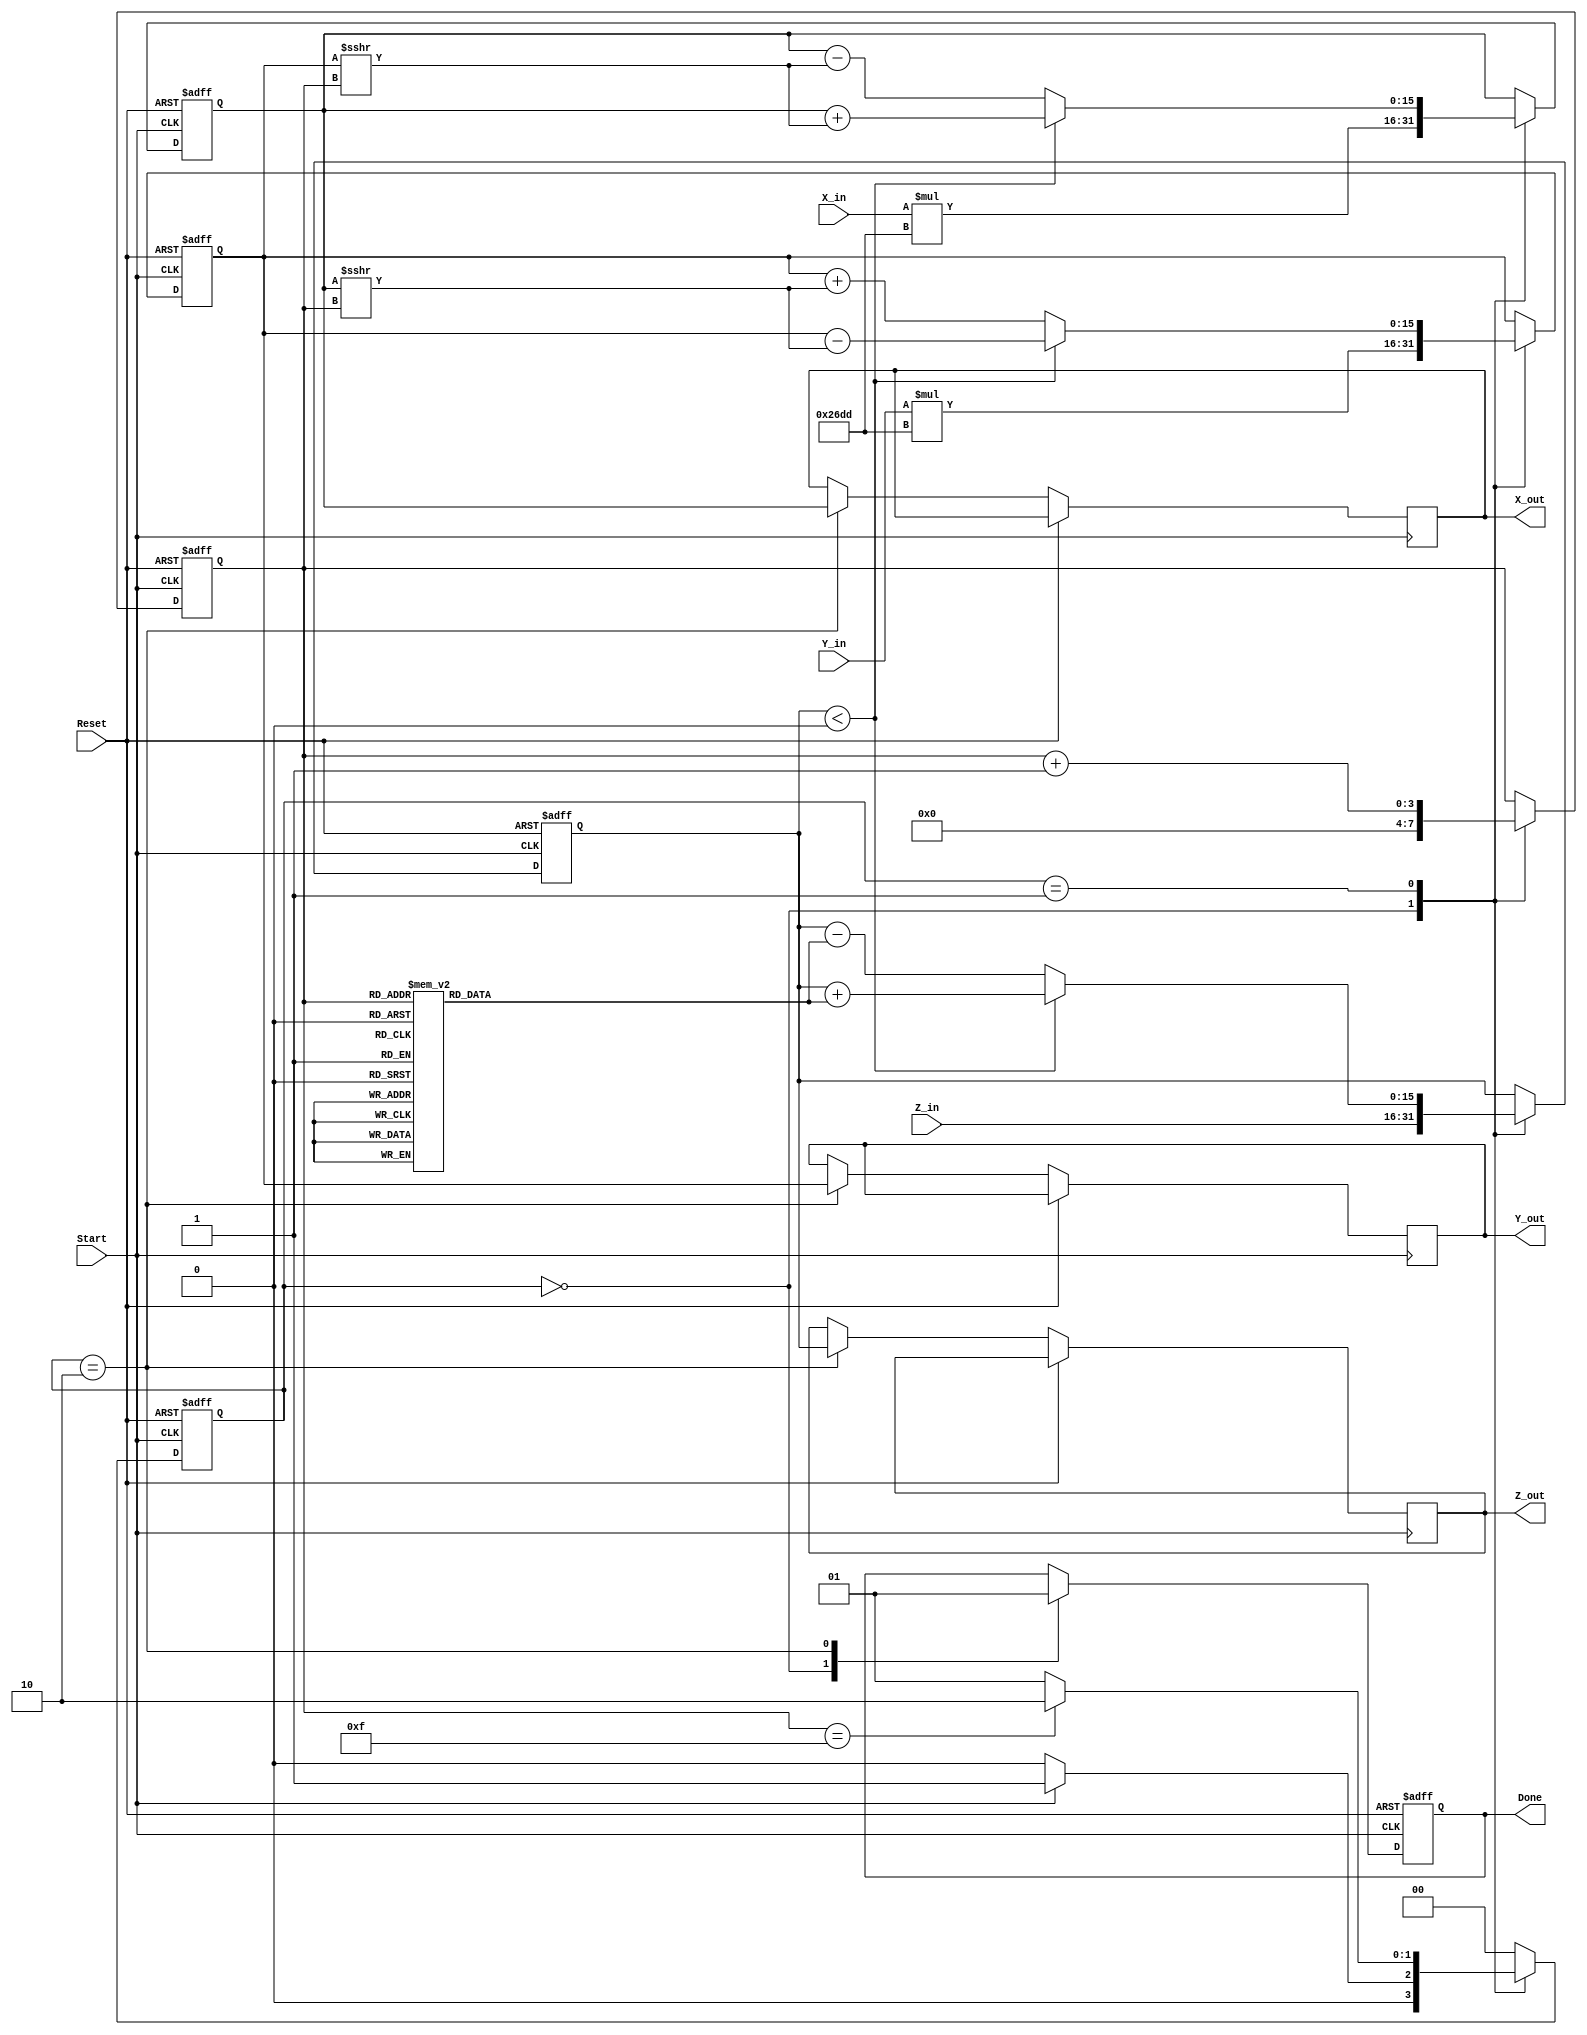
module cordic_2d (
    input wire signed [15:0] X_in,      // Input x-coordinate
    input wire signed [15:0] Y_in,      // Input y-coordinate
    input wire signed [15:0] Z_in,      // Input angle
    input wire Start,                   // Start signal
    input wire Reset,                   // Asynchronous reset
    output reg signed [15:0] X_out,     // Output x-coordinate
    output reg signed [15:0] Y_out,     // Output y-coordinate
    output reg signed [15:0] Z_out,     // Remaining angle
    output reg Done                     // Completion signal
);

    // Internal registers
    reg signed [15:0] X_reg;
    reg signed [15:0] Y_reg;
    reg signed [15:0] Z_reg;
    reg [3:0] Iteration_count;           // Counter for iterations
    reg [1:0] state;                     // FSM state
    reg [1:0] next_state;                // Next state for FSM

    // CORDIC gain factor (scaling factor)
    parameter signed [15:0] K = 16'h26DD; // Approximation of 0.607252935

    // FSM states
    localparam IDLE = 2'b00;
    localparam COMPUTE = 2'b01;
    localparam DONE_STATE = 2'b10;

    // Lookup table for arctangent values (atan(2^-i))
    reg signed [15:0] atan_table [0:15];
    initial begin
        atan_table[0] = 16'h2000; // atan(1) = 45 degrees in fixed-point
        atan_table[1] = 16'h1000; // atan(0.5) = 26.565 degrees
        atan_table[2] = 16'h0800; // atan(0.25) = 14.036 degrees
        atan_table[3] = 16'h0400; // atan(0.125) = 7.125 degrees
        // Continue filling the table as needed...
        // ...
        atan_table[14] = 16'h0001; // atan(2^-14)
        atan_table[15] = 16'h0000; // atan(2^-15)
    end

    // FSM for control logic
    always @(posedge Start or posedge Reset) begin
        if (Reset) begin
            state <= IDLE;
        end else begin
            state <= next_state;
        end
    end

    // State transition logic
    always @(*) begin
        case (state)
            IDLE: begin
                if (Start) begin
                    next_state = COMPUTE;
                end else begin
                    next_state = IDLE;
                end
            end
            COMPUTE: begin
                if (Iteration_count == 15) begin
                    next_state = DONE_STATE;
                end else begin
                    next_state = COMPUTE;
                end
            end
            DONE_STATE: begin
                next_state = IDLE; // Go back to IDLE after done
            end
            default: next_state = IDLE;
        endcase
    end

    // CORDIC computation logic
    always @(posedge Start or posedge Reset) begin
        if (Reset) begin
            X_reg <= 0;
            Y_reg <= 0;
            Z_reg <= 0;
            Iteration_count <= 0;
            Done <= 0;
        end else begin
            case (state)
                IDLE: begin
                    X_reg <= X_in * K; // Scale input x
                    Y_reg <= Y_in * K; // Scale input y
                    Z_reg <= Z_in;     // Load input angle
                    Iteration_count <= 0;
                    Done <= 0;
                end
                COMPUTE: begin
                    if (Z_reg < 0) begin
                        // Counter-clockwise rotation
                        X_reg <= X_reg + (Y_reg >>> Iteration_count);
                        Y_reg <= Y_reg - (X_reg >>> Iteration_count);
                        Z_reg <= Z_reg + atan_table[Iteration_count];
                    end else begin
                        // Clockwise rotation
                        X_reg <= X_reg - (Y_reg >>> Iteration_count);
                        Y_reg <= Y_reg + (X_reg >>> Iteration_count);
                        Z_reg <= Z_reg - atan_table[Iteration_count];
                    end
                    Iteration_count <= Iteration_count + 1;
                end
                DONE_STATE: begin
                    X_out <= X_reg;
                    Y_out <= Y_reg;
                    Z_out <= Z_reg;
                    Done <= 1;
                end
            endcase
        end
    end

endmodule